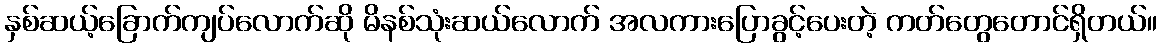
နှစ်ဆယ့်ခြောက်ကျပ်လောက်ဆို မိနစ်သုံးဆယ်လောက် အလကားပြောခွင့်ပေးတဲ့ ကတ်တွေတောင်ရှိတယ်။